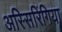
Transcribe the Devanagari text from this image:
अस्सिरिंगिया